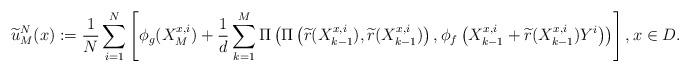
LaTeX: \begin{align*} \widetilde{u}_{M}^{N}(x):=\frac{1}{N}\sum_{i=1}^N\left[ \phi_g(X^{x,i}_{M})+\frac{1}{d}\sum\limits_{k=1}^M \Pi\left(\Pi\left(\widetilde{r}(X^{x,i}_{k-1}),\widetilde{r}(X^{x,i}_{k-1})\right),\phi_f\left(X^{x,i}_{k-1}+\widetilde{r}(X^{x,i}_{k-1})Y^i\right)\right)\right], x\in D.\end{align*}